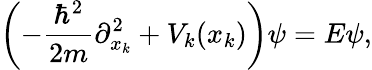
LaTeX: \left(-{\frac{\hbar^{2}}{2m}}\partial_{x_{k}}^{2}+V_{k}(x_{k})\right)\psi=E\psi,